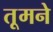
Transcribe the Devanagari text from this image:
तूमने